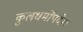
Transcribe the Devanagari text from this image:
कुलधर्मोंपदेश